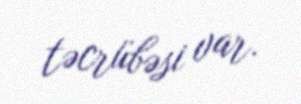
təcrübəsi var.